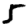
Digit: 5